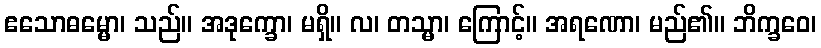
ဧသောဓမ္မော၊ သည်။ အဒုက္ခော၊ မရှိ။ လ၊ တသ္မာ၊ ကြောင့်။ အရဏော၊ မည်၏။ ဘိက္ခဝေ၊